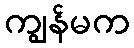
ကျွန်မက